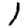
Digit: 1